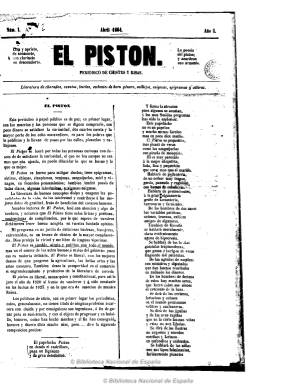
Título: El Pistón (Madrid)
Colección: Revistas satíricas y humorísticas
Ámbito geográfico: Madrid
Lugar de publicación: Madrid
Fechas: 01/04/1864-30/06/1864

Criticado por Hartzenbusch, alabado por Cejador y rescatado del olvido por Javier Ruiz (1978), Dick Higgins (1987) y, sobre todo, Víctor Infantes de Miguel (1998 y 2000), este periódico es una de las producciones literarias del que fue su fundador y director, José González Estrada, que aparece como su editor responsable. La colección que ha podido conservarse de este título la integran doce números, el primero del mes de abril de 1864, y los restantes de mayo y junio del mismo año, y aunque secuenciados y fechados no indican el día de aparición, saliendo con una periodicidad casi semanal. El primero es de una hoja y dos páginas impresas, y los demás, de cuatro, todas ellas compuestas a dos columnas pero ninguna foliada. Fue estampado en la Imprenta de Pascual G. y Orga, y de la entrega quinta a la décima, en la Tipografía de F. Hernando.

Por su subtítulo -“periódico de chistes y risas”- podría encasillarse en la prensa humorística sin más, pero su recorrido es mayor. Ya bajo su propia cabecera aparece expresado parte de su contenido: “literatura de charadas, cuentos, burlas, embustes de buen género, ovillejos, enigmas, epigramas y sátiras”. Sus textos varían entre los escritos en verso (los más) y los redactados en prosa, comenzando cada entrega con un artículo o editorial en el que González Estrada da cuenta de los efectos polémicos que produce en el mundo literario madrileño el estilo de sus composiciones (décimas, cuartetas, sonetos, odas, etc.), pero, sobre todo lo que el propio autor denomina poesías “laberínticas”, los acrósticos y pentacrósticos y otros textos “visuales”, que revindicará como procedentes de la literatura clásica española y universal y cuyos recursos estilísticos serán posteriormente utilizados por movimientos artístico-literarios del siglo veinte como el dadaísmo y surrealismo.

En su páginas, González Estrada también dará entrada a un buen número de textos remitidos, elogiosos y panegíricos, tanto en verso como en prosa, bajo los cuales aparecen, entre otras, las firmas de Luisa Pérez, Micaela Valderrada, Dolores Alegre, Eduardo Pelayo, Julián de la Cova o la del propio Zorrilla. Al final, bajo el epígrafe Anuncio, el editor publicitará su otra producción libresca.

El hecho de que Hartzenbusch (1894) dijera que fue “un periódico único en su género por lo disparatado” y censurara que González Estrada se hubiese ufanado de la poesía laberíntica que había inventado como “la verdadera, pues todo lo demás era poesía vulgar, común, de coplero”, no era más que un último reproche de la virulenta polémica que había tenido cuando a la sazón era director de la Biblioteca Nacional (1862-1876), a la que se habían sumado también José Selgas o Antonio Ferrer del Río. A esta descalificación se agregó también Ossorio y Bernard (1903), al decir que González Estada había sido “un pobre loco, pero pacífico que sólo causó daño a las letras, a cambio de haber motivado mucho regocijo a sus infinitos lectores”, pues añade que El Pistón “llegó a tener fabulosas tiradas”.

Asenjo (1933) se incorpora también a la descalificación de Hartzenbusch sobre la obra de un González Estrada, del que algunas fuentes han dado como años de su nacimiento y óbito en torno a 1830 y 1882, respectivamente, que contradice lo que él mismo escribió al presentar El Pistón como “liberal, monárquico y constitucional, pues así lo juró el año de 1820”, mientras que fue Ossorio el que ya había dado como fecha de su fallecimiento febrero de 1873. Esto sería tres años después de que publicara Bigotazos, tragabalas [o traga balas] y cureñas, en 1868, tras la Revolución Septembrina, unas hojas sueltas estampadas en papel amarillo y sin datar, de las que se conoce sólo su primer número.

A juicio del citado Ossorio, González Estrada se hizo famoso al consagrar su propio género estilístico con este tipo de periódicos u hojas sueltas al que se había aficionado a partir de 1853, como el titulado El ramo de la libertad, sin datar pero en torno a 1860-1864, y el que escribió bajo el título El Prisma (1860-1863), del que se conocen tres números. En cuanto a El Pistón, en cuyas páginas el “ingenio, ironía y hallazgos semánticos son extremadamente originales”, a juicio de Javier Ruiz (1978), la bibliografía de referencia indica que se publicaron 24 números, hasta octubre de 1864, y Alfred Canel (1867), que dio tan tempranamente cuenta de este título, señaló hasta un número 18, pero correspondiente al año 1865.